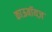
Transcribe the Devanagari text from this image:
काऊबॉयज़